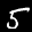
Label: 5